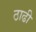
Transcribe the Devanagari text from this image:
ठाढी